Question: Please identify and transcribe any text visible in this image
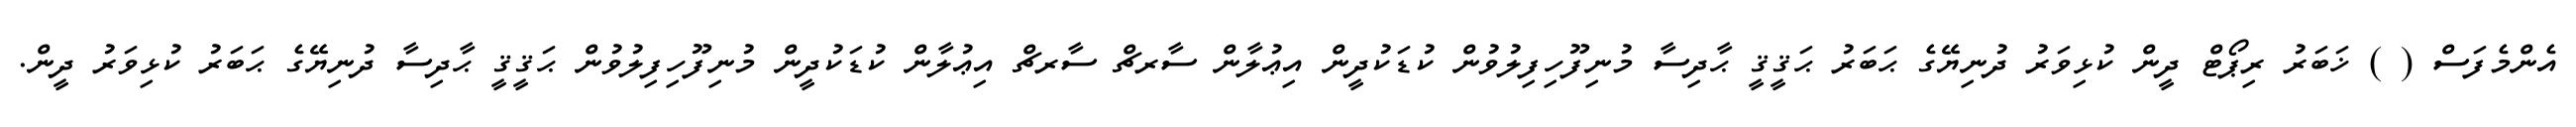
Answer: އެންމެފަސް ( ) ޚަބަރު ރިޕޯޓް ދީން ކުޅިވަރު ދުނިޔޭގެ ޙަބަރު ޙަޤީޤީ ޙާދިސާ މުނިފޫހިފިލުވުން ކުޑަކުދީން އިޢުލާން ސާރޗް ސާރޗް އިޢުލާން ކުޑަކުދީން މުނިފޫހިފިލުވުން ޙަޤީޤީ ޙާދިސާ ދުނިޔޭގެ ޙަބަރު ކުޅިވަރު ދީން.